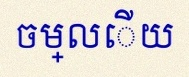
ចម្លើយ